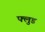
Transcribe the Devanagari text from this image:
फ्लुड